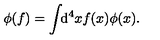
\phi ( f ) = \int \! \! \mathrm { d } ^ { 4 } x f ( x ) \phi ( x ) .